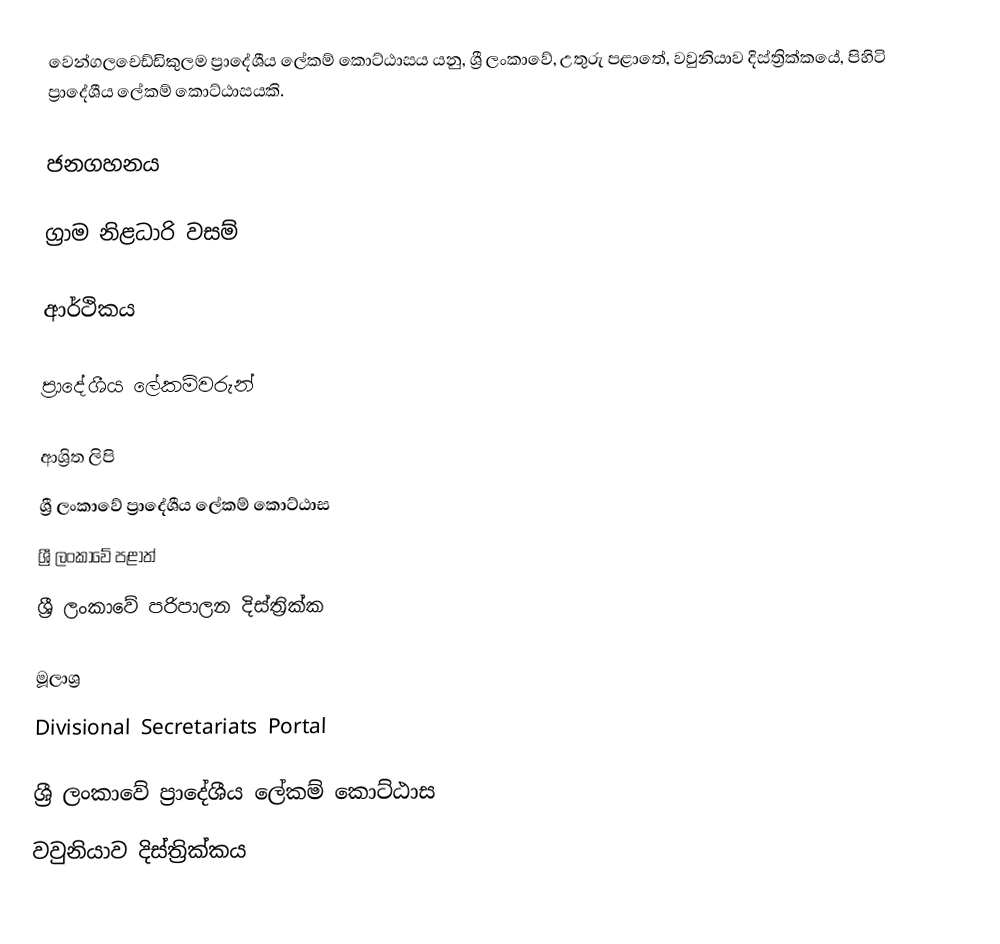
වෙන්ගලචෙඩ්ඩිකුලම ප්‍රාදේශීය ලේකම් කොට්ඨාසය යනු,  ශ්‍රී ලංකාවේ, උතුරු පළාතේ,   වවුනියාව දිස්ත්‍රික්කයේ, පිහිටි ප්‍රාදේශීය ලේකම් කොට්ඨාසයකි.

ජනගහනය

ග්‍රාම නිළධාරි වසම්

ආර්ථිකය

ප්‍රාදේශීය ලේකම්වරුන්

ආශ්‍රිත ලිපි
ශ්‍රී ලංකාවේ ප්‍රාදේශීය ලේකම් කොට්ඨාස
ශ්‍රී ලංකාවේ පළාත්
ශ්‍රී ලංකාවේ පරිපාලන දිස්ත්‍රික්ක

මූලාශ්‍ර
 Divisional Secretariats Portal

ශ්‍රී ලංකාවේ ප්‍රාදේශීය ලේකම් කොට්ඨාස
වවුනියාව දිස්ත්‍රික්කය